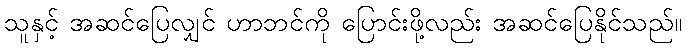
သူနှင့် အဆင်ပြေလျှင် ဟာဘင်ကို ပြောင်းဖို့လည်း အဆင်ပြေနိုင်သည်။